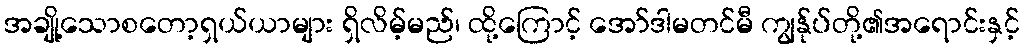
အချို့သောစတော့ရှယ်ယာများ ရှိလိမ့်မည်၊ ထို့ကြောင့် အော်ဒါမတင်မီ ကျွန်ုပ်တို့၏အရောင်းနှင့်